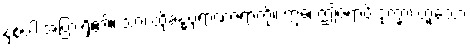
နှစ်ပါးအပြားရှိ၏။ သာ၊ ထိုခန္ဓပုရာဏဇရာကို။ ဣဓ၊ ဤဇရာပိ ဒုက္ခာ၊ ဟူသော